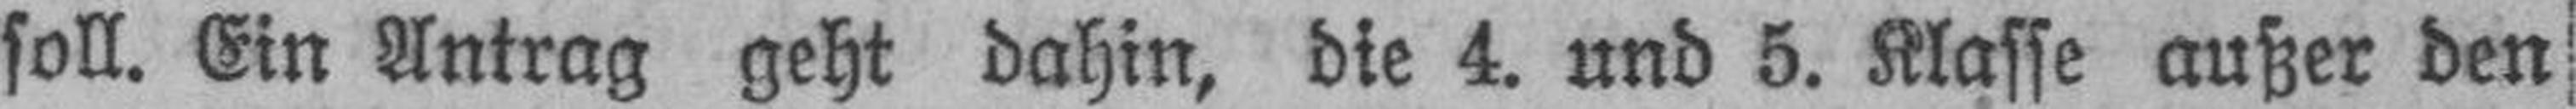
soll. Ein Antrag geht dahin, die 4. und 5. Klasse außer den